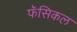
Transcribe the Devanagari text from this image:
फॅसिकल